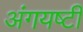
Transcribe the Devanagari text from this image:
अंगयष्टी